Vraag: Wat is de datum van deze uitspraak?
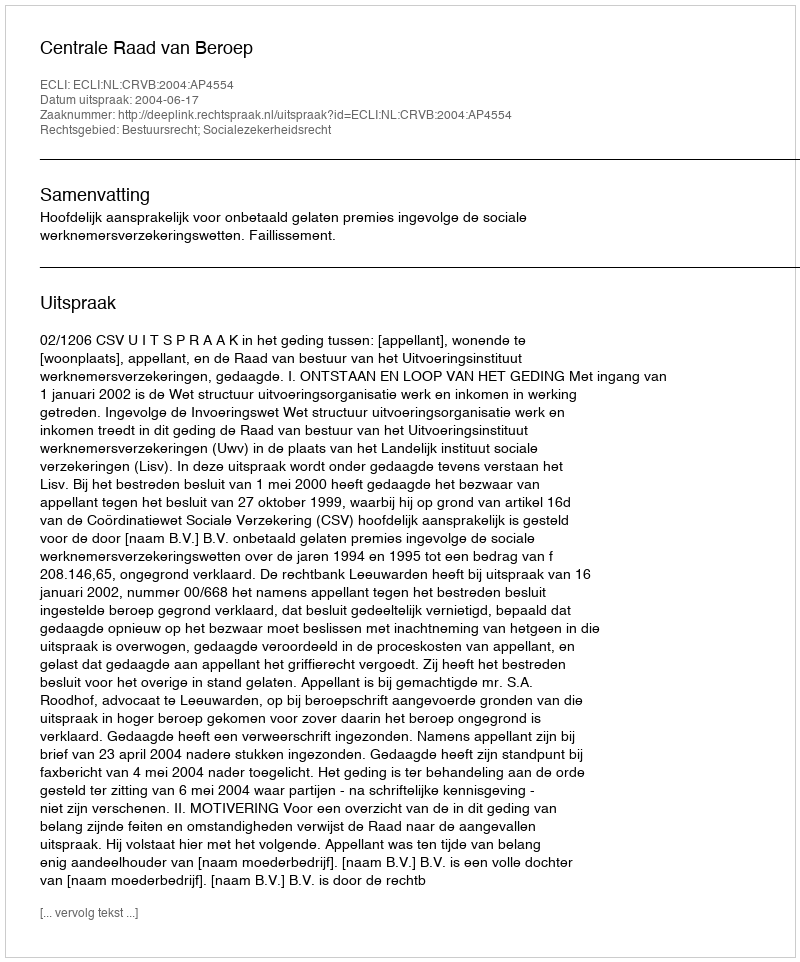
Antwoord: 2004-06-17